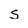
Character: S